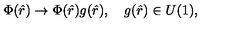
\Phi ( \hat { r } ) \to \Phi ( \hat { r } ) g ( \hat { r } ) , \quad g ( \hat { r } ) \in U ( 1 ) ,